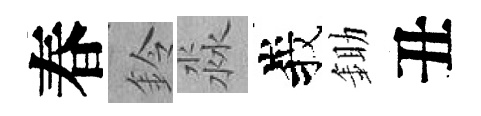
春鈴淼峩鋤丑